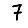
Digit: 7